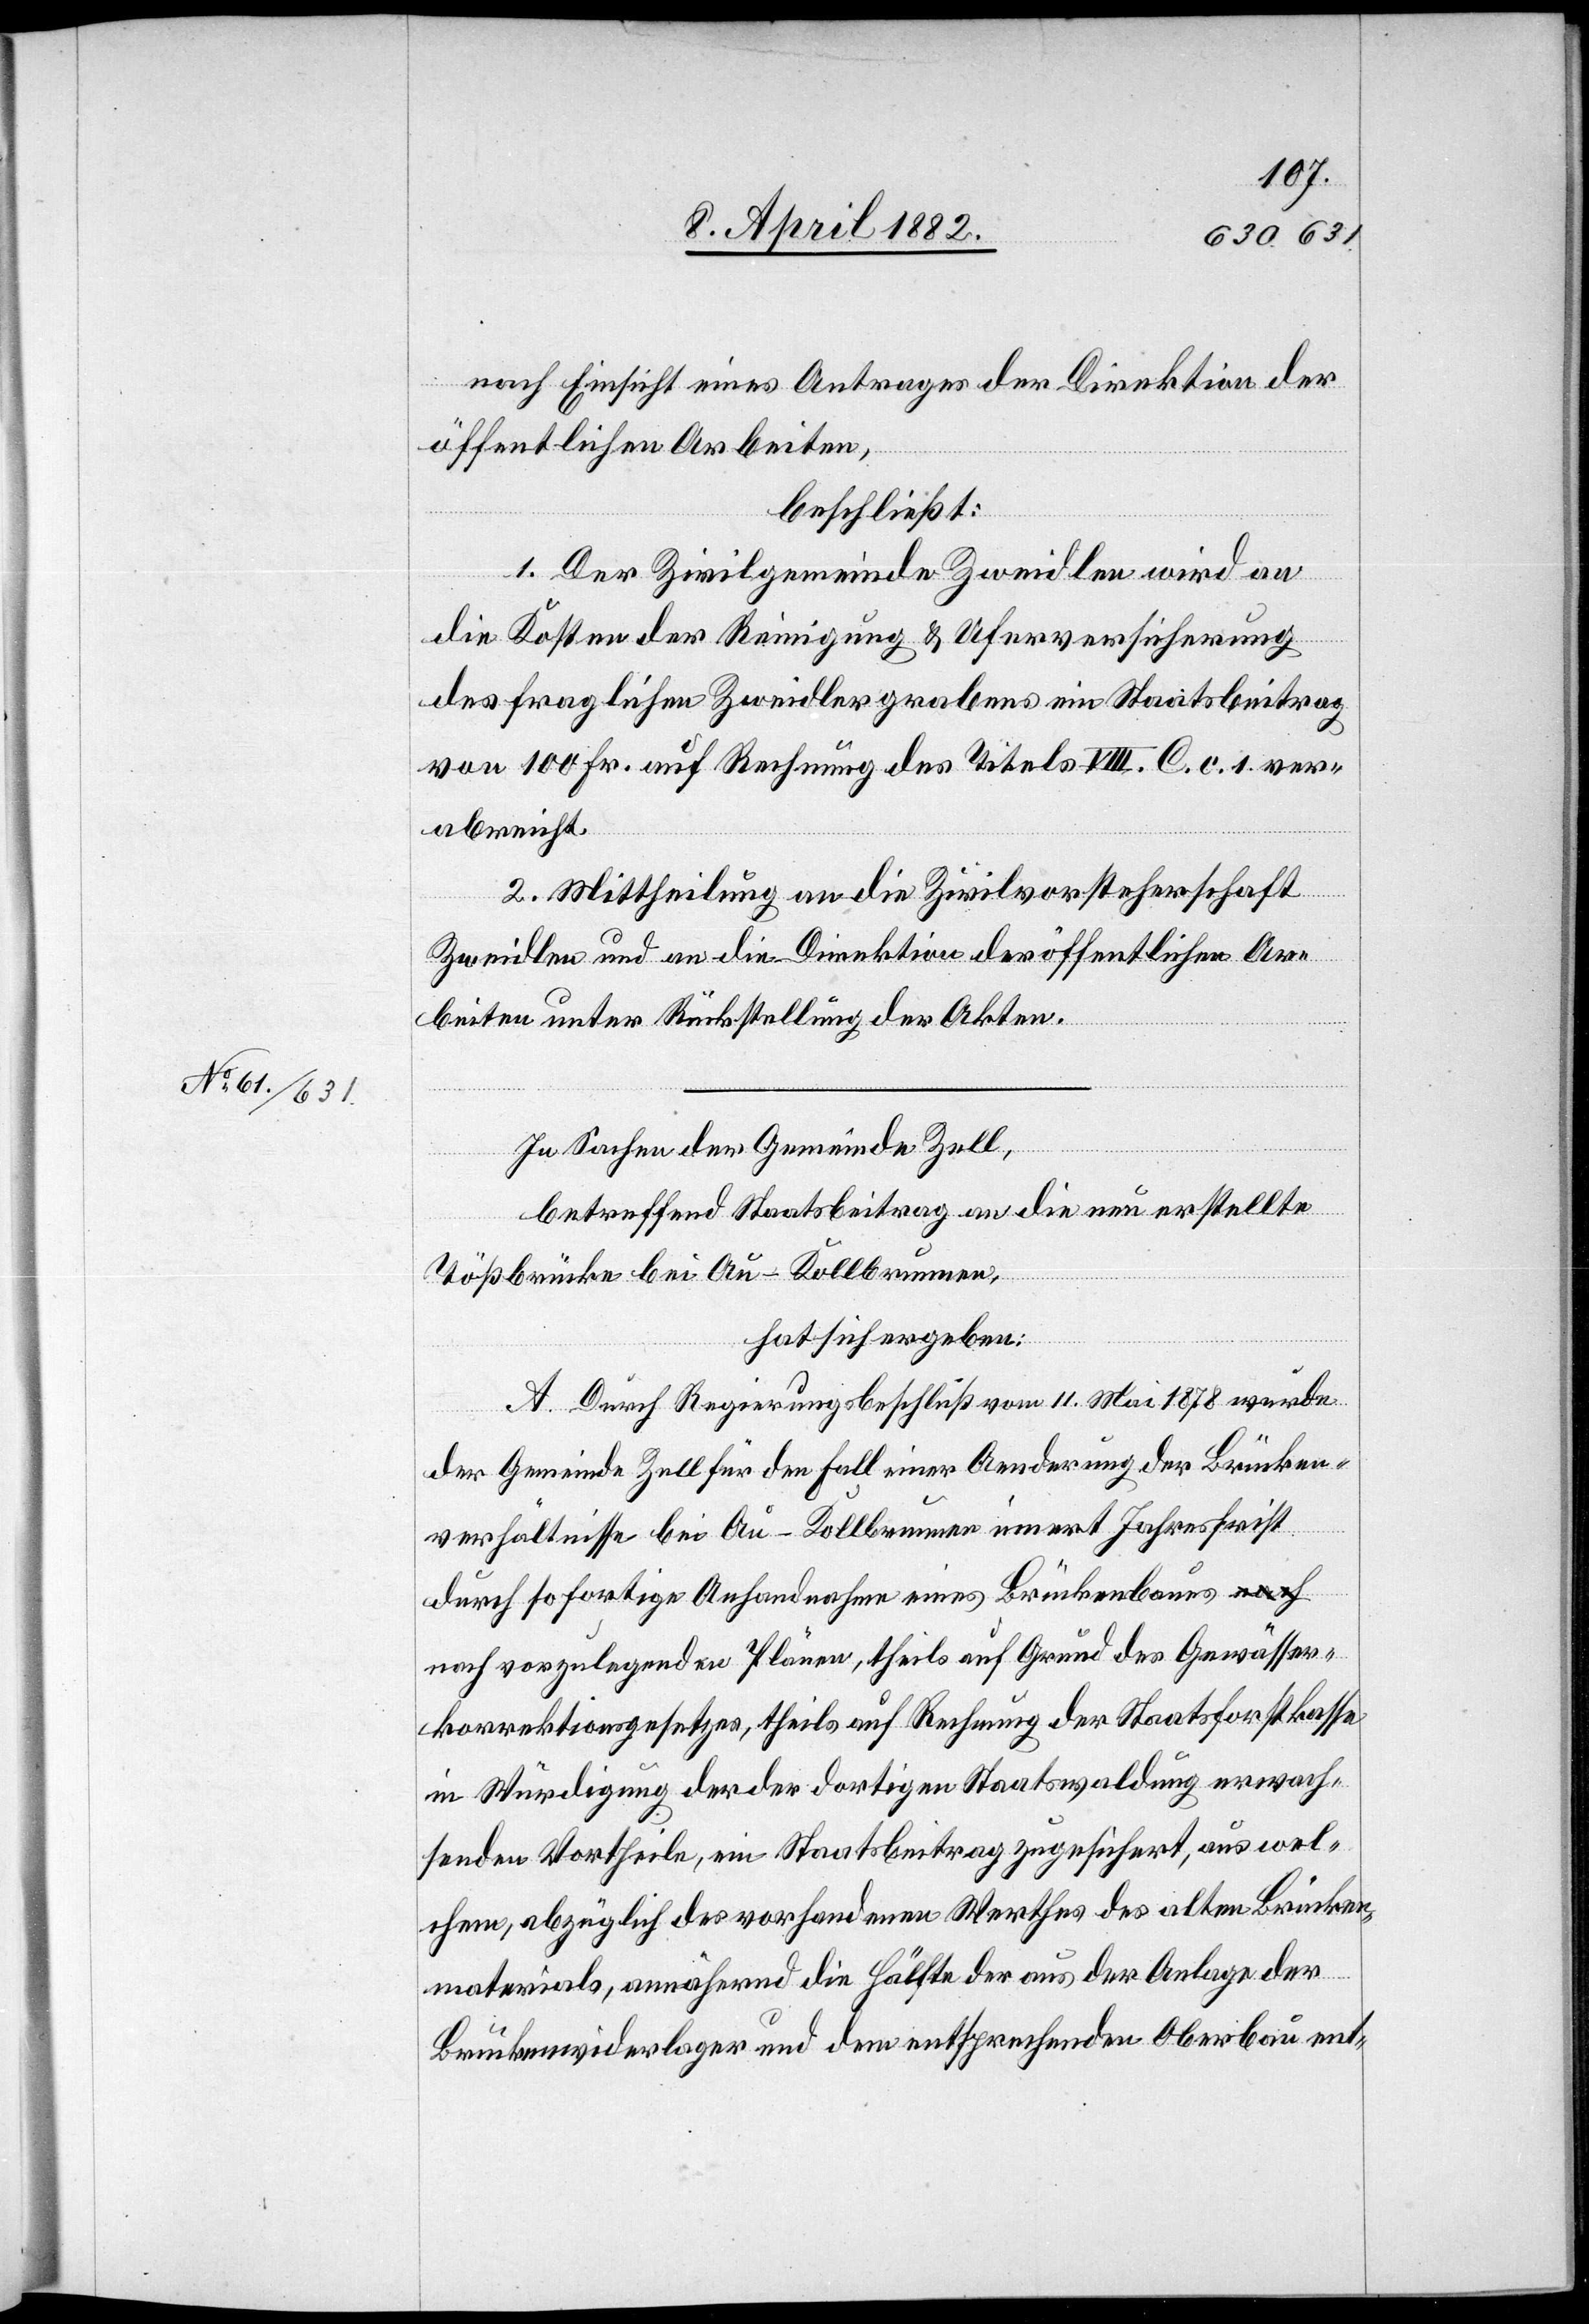
nach Einsicht eines Antrages der Direktion der
öffentlichen Arbeiten,
beschließt:
1. Der Zivilgemeinde Zweidlen wird an
die Kosten der Reinigung & Uferversicherung
des fraglichen Zweidlergrabens ein Staatsbeitrag
von 100 Fr. auf Rechnung des Titels VIII. C. c. 1. ver¬
abreicht.
2. Mittheilung an die Zivilvorsteherschaft
Zweidlen und an die Direktion der öffentlichen Ar¬
beiten unter Rückstellung der Akten.
In Sachen der Gemeinde Zell,
betreffend Staatsbeitrag an die neu erstellte
Tößbrücke bei Au - Kollbrunnen,
hat sich ergeben:
A. Durch Regierungsbeschluß vom 11. Mai 1878 wurde
der Gemeinde Zell für den Fall einer Aenderung der Brücken¬
verhältnisse bei Au - Kollbrunnen innert Jahresfrist
durch sofortige Anhandnahme eines Brückenbaues na¬
ch vorzulegenden Plänen, theils auf Grund des Gewässer¬
korrektionsgesetzes, theils auf Rechnung der Staatsforstkasse
in Würdigung der der dortigen Staatswaldung erwach¬
senden Vortheile, ein Staatsbeitrag zugesichert, aus wel¬
chem, abzüglich des vorhandenen Werthes des alten Brücken¬
materials, annähernd die Hälfte der aus der Anlage der
Brückenwiderlager und dem entsprechenden Oberbau ent-